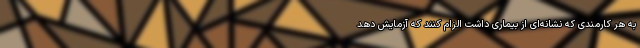
به هر کارمندی که نشانه‌ای از بیماری داشت الزام کنند که آزمایش دهد